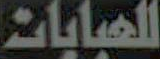
العبابات